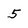
Character: 5